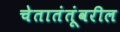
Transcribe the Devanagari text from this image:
चेतातंतूंवरील